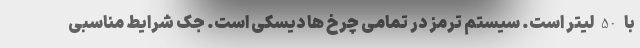
با 50 لیتر است. سیستم ترمز در تمامی چرخ ها دیسکی است. جک شرایط مناسبی